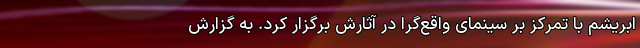
ابریشم با تمرکز بر سینمای واقع‌گرا در آثارش برگزار کرد. به گزارش